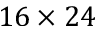
1 6 \times 2 4